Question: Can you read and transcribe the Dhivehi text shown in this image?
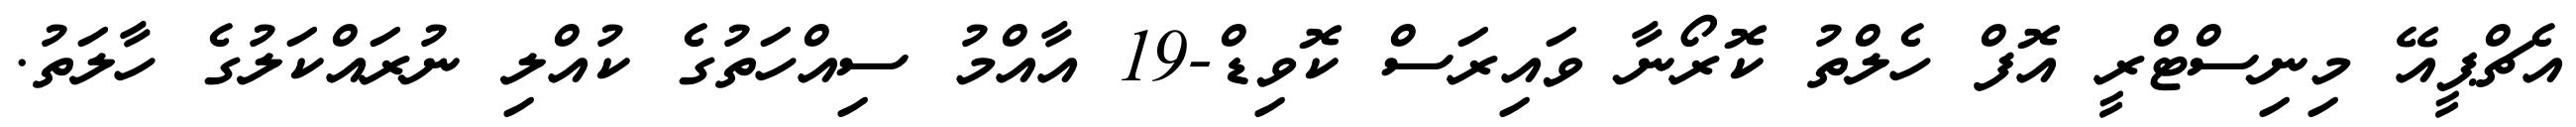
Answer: އެޗްޕީއޭ މިނިސްޓްރީ އޮފް ހެލްތު ކޮރޯނާ ވައިރަސް ކޮވިޑް-19 އާއްމު ސިއްހަތުގެ ކުއްލި ނުރައްކަލުގެ ހާލަތު.